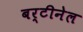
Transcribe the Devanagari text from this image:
बर्टीनेल